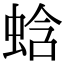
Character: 蛿